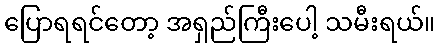
ပြောရရင်တော့ အရှည်ကြီးပေါ့ သမီးရယ်။